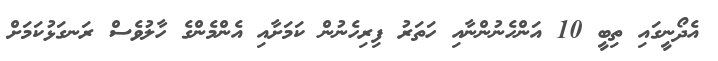
އެދޯނީގައި ތިބީ 10 އަންހެނުންނާއި ހަތަރު ފިރިހެނުން ކަމަށާއި އެންމެންގެ ހާލުވެސް ރަނގަޅުކަމަށް